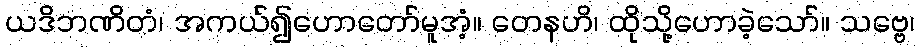
ယဒိဘဏိတံ၊ အကယ်၍ဟောတော်မူအံ့။ တေနဟိ၊ ထိုသို့ဟောခဲ့သော်။ သဗ္ဗေ၊